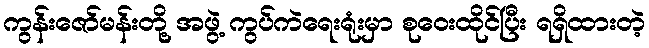
ကွန်းဇော်မန်းတို့ အဖွဲ့ ကွပ်ကဲရေးရုံးမှာ စုဝေးထိုင်ပြီး ရရှိထားတဲ့